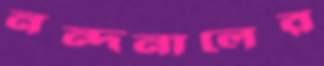
নন্দনালের